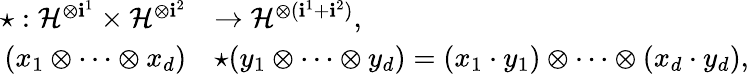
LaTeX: \begin{array}{rl}{\star:\mathcal{H}^{\otimes\mathbf{i}^{1}}\times\mathcal{H}^{\otimes\mathbf{i}^{2}}}&{\to\mathcal{H}^{\otimes(\mathbf{i}^{1}+\mathbf{i}^{2})},}\\ {(x_{1}\otimes\dots\otimes x_{d})}&{\star(y_{1}\otimes\dots\otimes y_{d})=(x_{1}\cdot y_{1})\otimes\dots\otimes(x_{d}\cdot y_{d}),}\end{array}